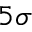
5 \sigma